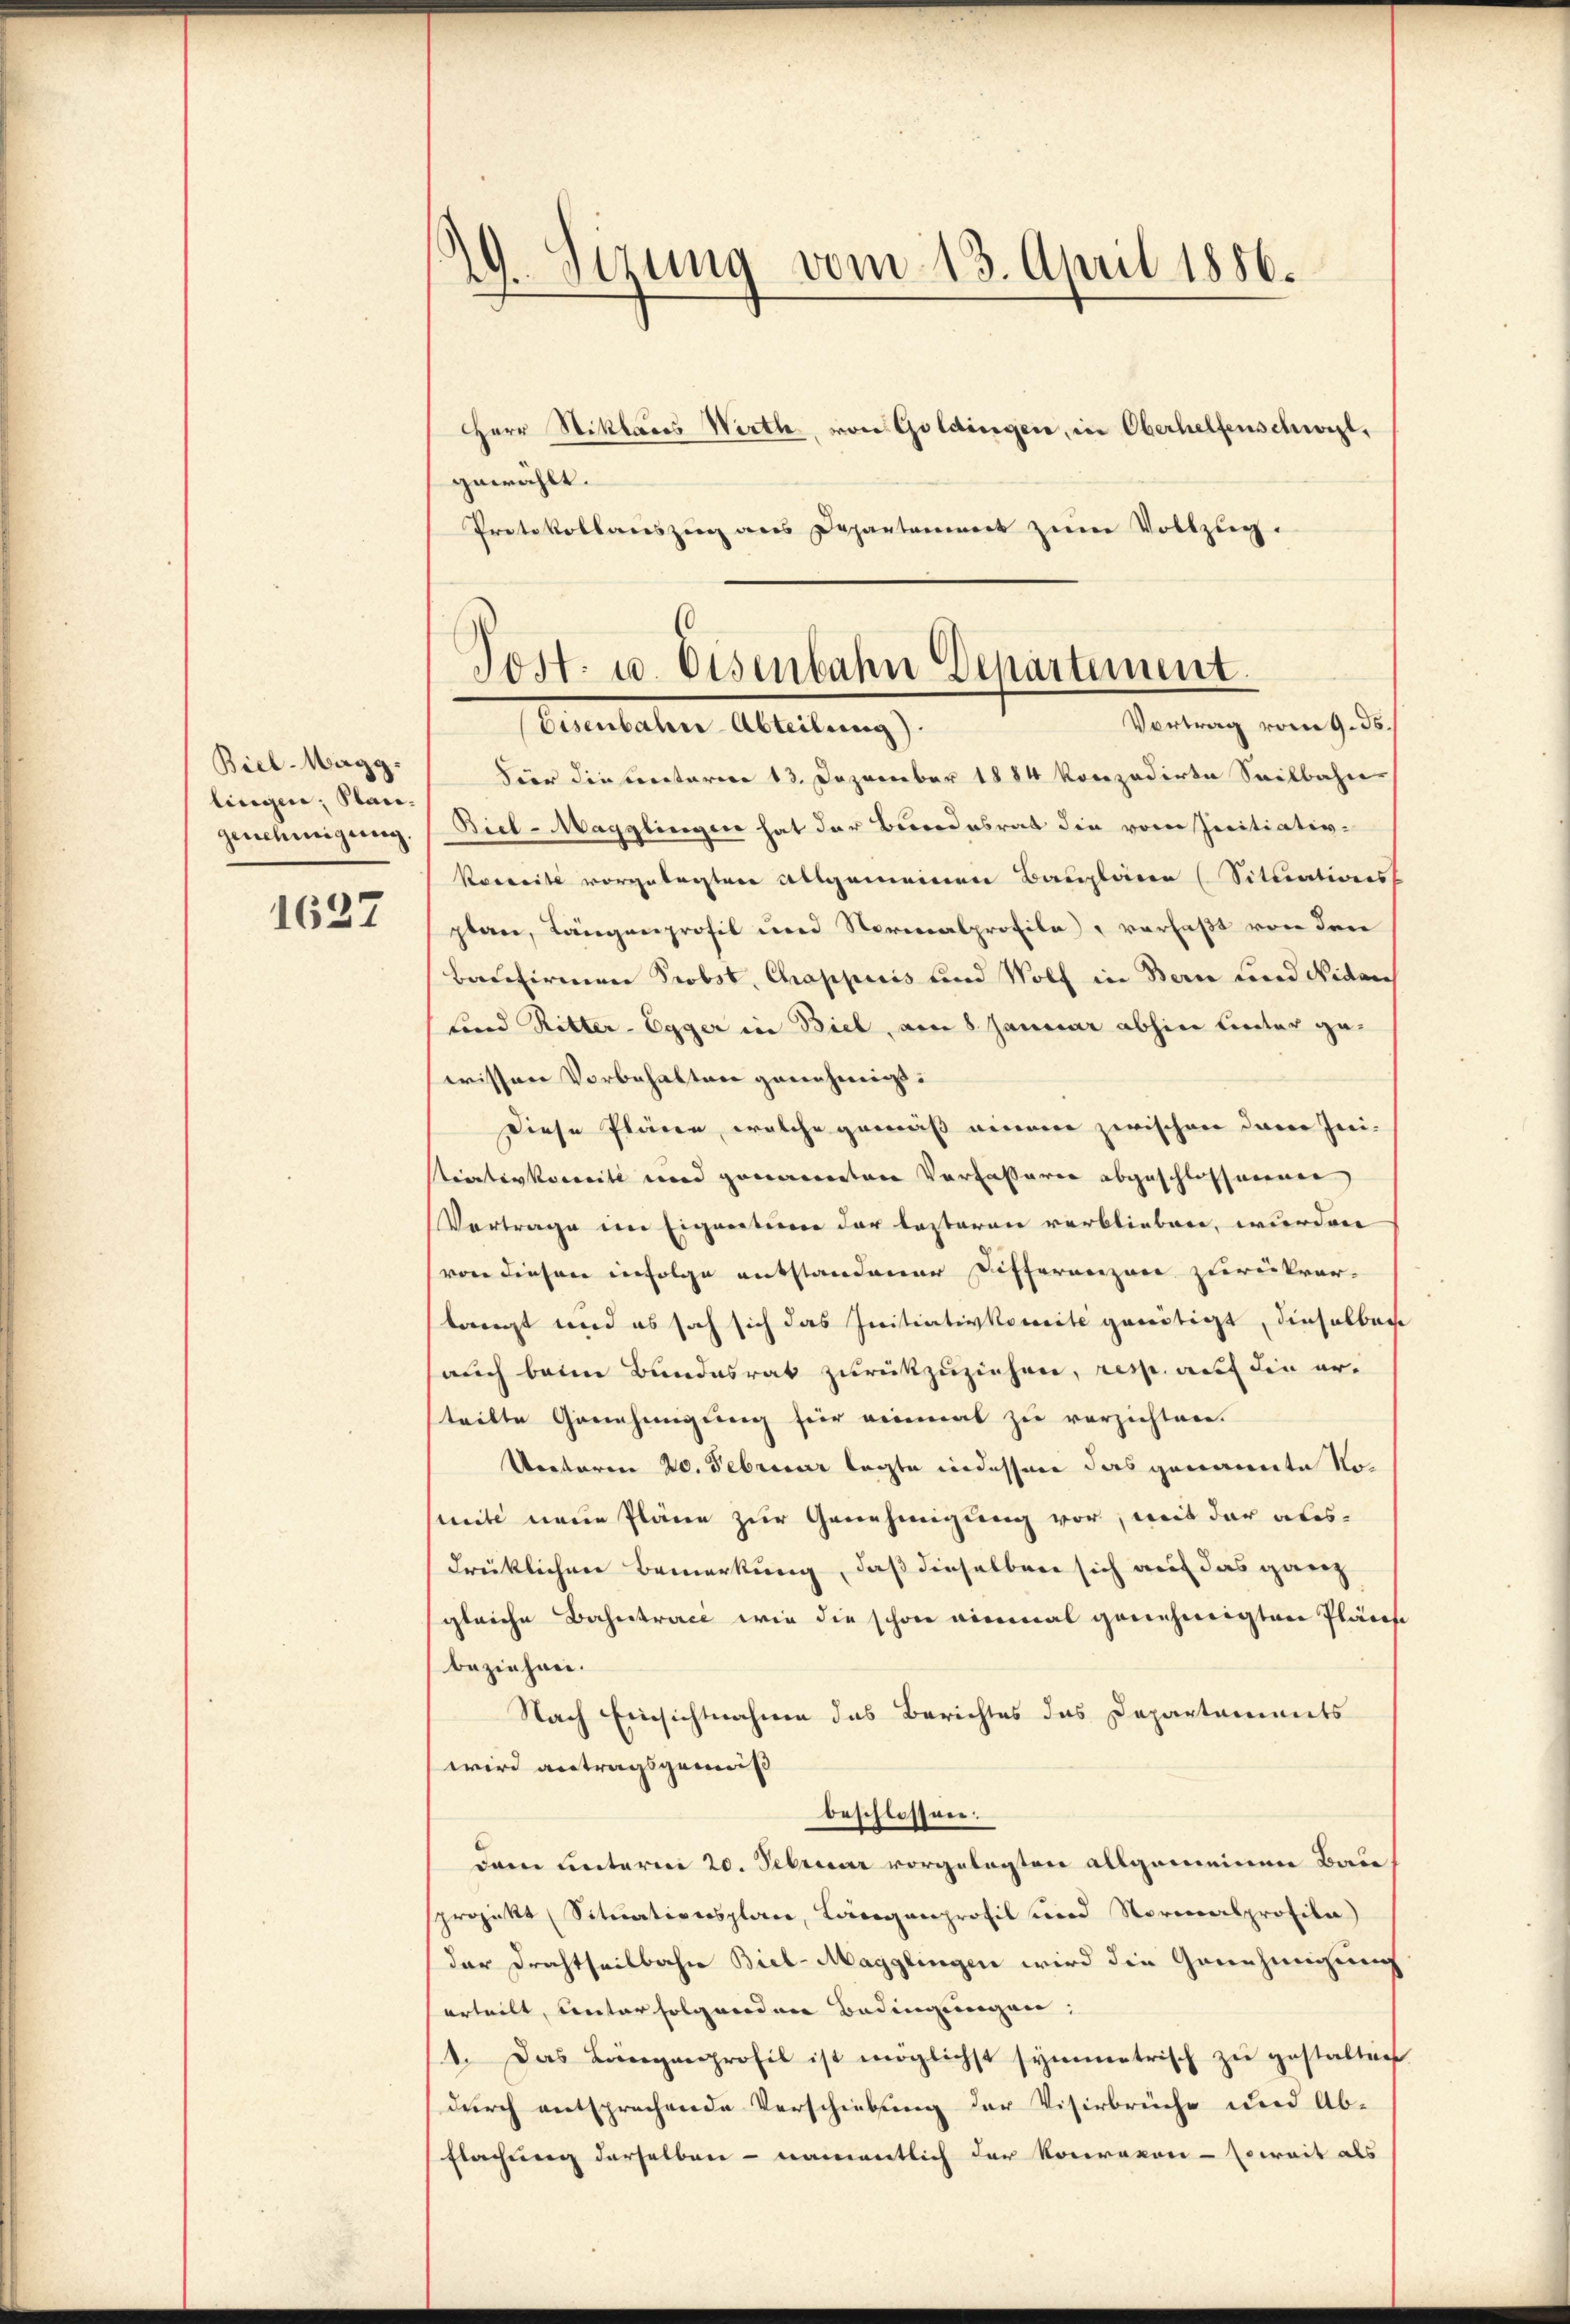
Biel-Magg.
lingen, Plan¬

1637

Protokollauszug aus Departamiert zum Vollzug.

d. Sizung vom 13. April 1886.
HHerr Stiklaus Wirth, von Goldingen, in Oberhelfenschweil,
gewählt.

Post- u. Eisenbahn Departement.
Vortrag vom 9. ds.
Temestehen Alleitung

hier diesentarien 13. Dezember 1884 konzedirte Seilbahn-
genehmigung. (Biel-Magglingen hat der Bundesrat die vom Initiativ-
Korweite vorgelegten Allgemeinen Bauplaren (Situationss
plan, Längenprofil und Normalprofile) verfaßt von den
Baufirmen Probst, Chappiis und Wolf in Bern und Nider
Forod Ritter-Egger in Biel, am 8. Januar abhin Liector gewissen Vorbehalten genehmigt.
Diese Pläne, welche gemäß einem zwischen dare Inei-
Stiativkomite und genaueretene Verfasserer abgeschlossenen
Vertrage im Eigentione der lasteren verblieben, wurden
von diesen infolge entstandener Differenzare zurückver-
langt und es sah sich das Initiativkomite genötigt, dieselben
auch beim Bundesrat zurückzuziehen, resp. auf die erteilte Genehmigung für einmal zu verzichten.
Uectoren 20. Februar legte indessene das genannte Noseite neue Pläne zur Genehmigung vor, mit der abes-
drücklichen Bemerkung, daß dieselben sich auf das ganz
gleiche Bahntrace wie die schon einmal genehmigten Plänese
beziehen.
Nach Einsichtnahmen das Berichtes das Departaments
wird antragsgemäß
beschlossen.
dam Leiterni 20. Februar vorgelegten allgemeinen Baue
sprojekt (Situationsplan, Langenprofil und Normalprofila)
dar Drechtheilbahn Biel-Magglingen wird die Genehmigung
erteilt, unterfolgenden Bedingungen,
1. Das Längenprofil ist möglichst symmetrisch zu gestalten
durch entsprechende Verschiebung der Visirbrüche und Ab-
Flachung derselben - namentlich der Konravon - soweit als